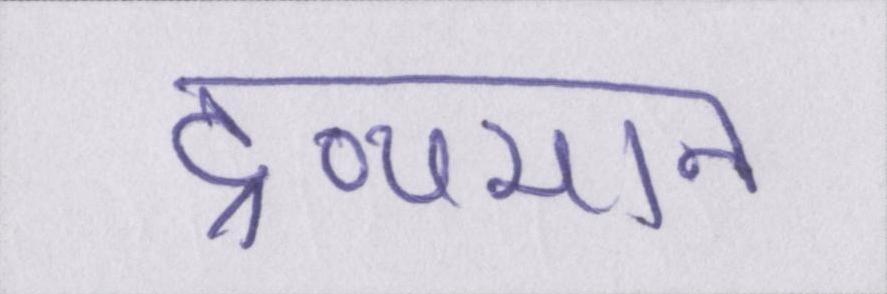
द्रव्यमान